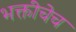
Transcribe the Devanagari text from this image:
भक्तीचेच